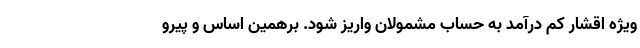
ویژه اقشار کم درآمد به حساب مشمولان واریز شود. برهمین اساس و پیرو